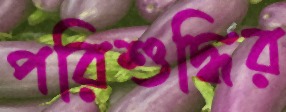
পরিশুদ্ধির